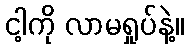
ငါ့ကို လာမရှုပ်နဲ့။